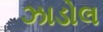
ઝાડોલ